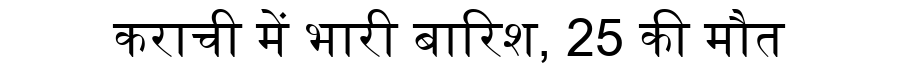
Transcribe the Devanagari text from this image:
कराची में भारी बारिश, 25 की मौत